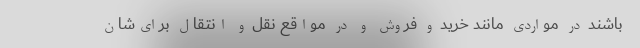
باشند در مواردی مانند خرید و فروش و در مواقع نقل و انتقال برای‌شان